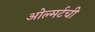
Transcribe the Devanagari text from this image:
ओल्मर्टची